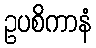
ဥပစိကာနံ